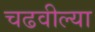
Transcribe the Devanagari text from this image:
चढवील्या